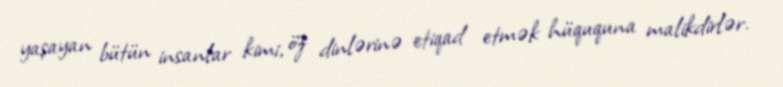
yaşayan bütün insanlar kimi, öz dinlərinə etiqad etmək hüququna malikdirlər.